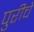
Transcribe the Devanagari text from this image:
पुरीचे